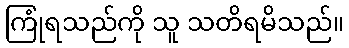
ကြုံရသည်ကို သူ သတိရမိသည်။